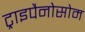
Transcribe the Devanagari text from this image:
ट्राइपैनोसोम